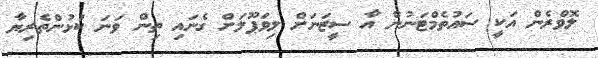
ލޮވްރެން އަކީ ސައުތެމްޓަނުން އާ ސީޒަނަށް ލިވަޕޫލަށް ގެނައި ތިން ވަނަ ކުޅުންތެރިޔާ